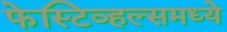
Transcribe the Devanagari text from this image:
फेस्टिव्हल्समध्ये